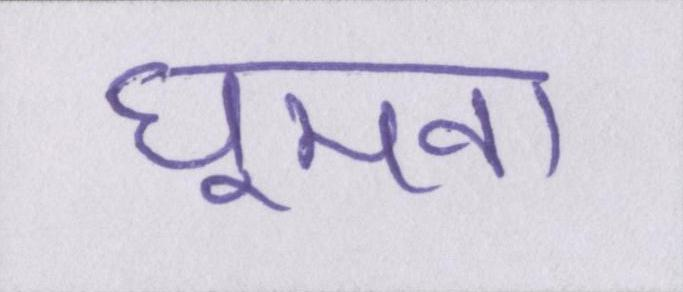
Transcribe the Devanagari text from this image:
घूमना